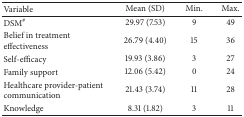
| Variable | Mean (SD) | Min. | Max. |
 | --- | --- | --- | --- |
 | DSM# | 29.97 (7.53) | 9 | 49 |
 | Belief in treatment effectiveness | 26.79 (4.40) | 15 | 36 |
 | Self-efficacy | 19.93 (3.86) | 3 | 27 |
 | Family support | 12.06 (5.42) | 0 | 24 |
 | Healthcare provider-patient communication | 21.43 (3.74) | 11 | 28 |
 | Knowledge | 8.31 (1.82) | 3 | 11 |